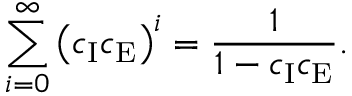
\sum _ { i = 0 } ^ { \infty } \left( c _ { \mathrm { I } } c _ { \mathrm { E } } \right) ^ { i } = \frac { 1 } { 1 - c _ { \mathrm { I } } c _ { \mathrm { E } } } .